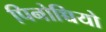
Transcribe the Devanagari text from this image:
पिनोच्चियो